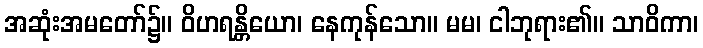
အဆုံးအမတော်၌။ ဝိဟရန္တိယော၊ နေကုန်သော။ မမ၊ ငါဘုရား၏။ သာဝိကာ၊